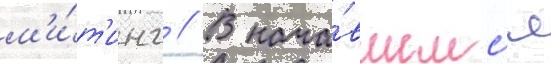
м'и́т'инг // В нача́вшемс'я